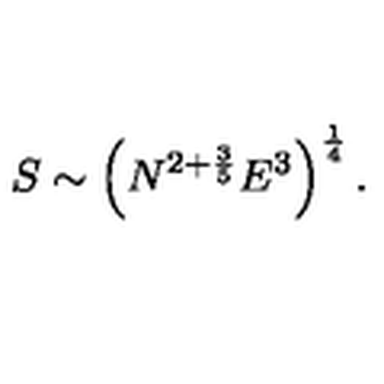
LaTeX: S \sim \left( N ^ { 2 + \frac { 3 } { 5 } } E ^ { 3 } \right) ^ { \frac { 1 } { 4 } } .